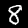
Digit: 8